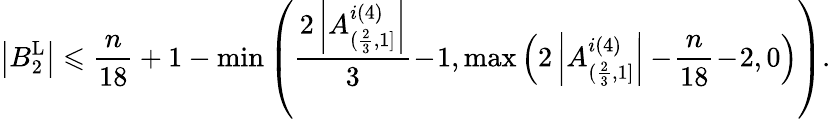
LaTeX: \left|B_{2}^{\operatorname{L}}\right|\leqslant\frac{n}{18}+1-\operatorname*{min}\left(\frac{2\left|A_{(\frac{2}{3},1]}^{i(4)}\right|}{3}\! -\! 1,\operatorname*{max}\left(2\left|A_{(\frac{2}{3},1]}^{i(4)}\right|-\! \frac{n}{18}\! -\! 2,0\right)\right).